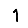
Digit: 1